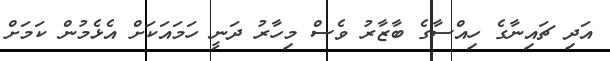
އަދި ޗައިނާގެ ހިއްސާގެ ބާޒާރު ވެސް މިހާރު ދަނީ ހަމައަކަށް އެޅެމުން ކަމަށް